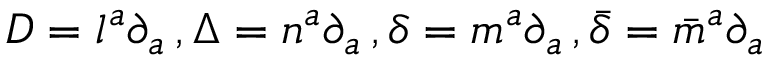
D = l ^ { a } \partial _ { a } \, , \Delta = n ^ { a } \partial _ { a } \, , \delta = m ^ { a } \partial _ { a } \, , { \bar { \delta } } = { \bar { m } } ^ { a } \partial _ { a }